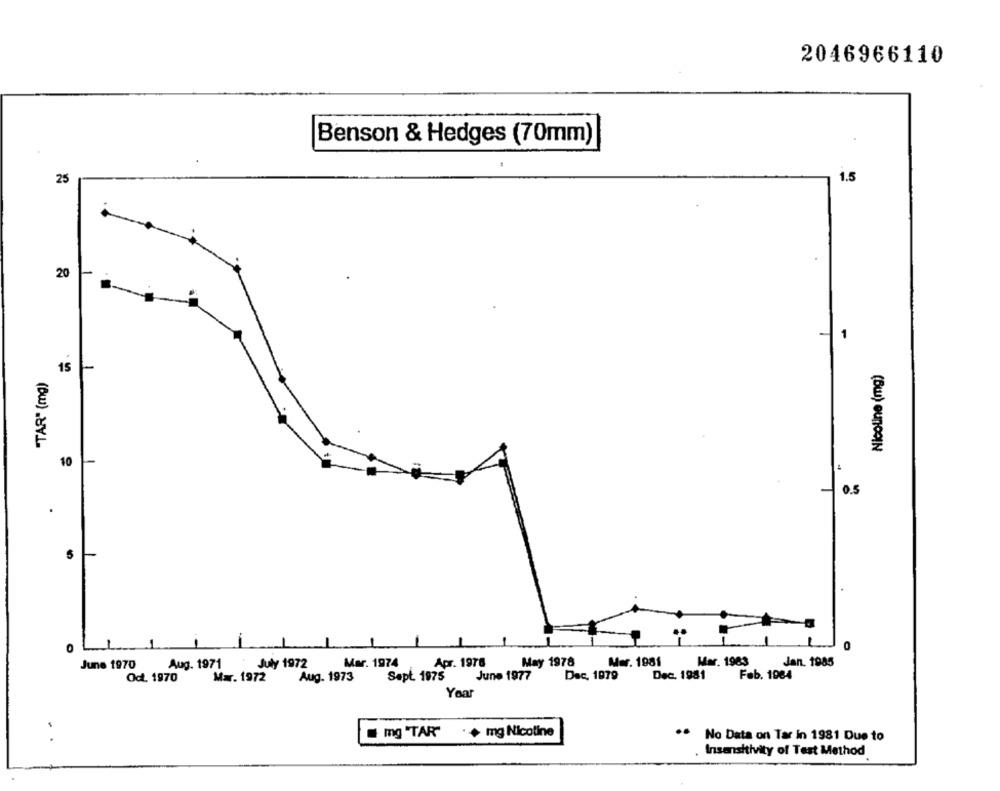
2046966110
Benson & Hedges (70mm)
25
1.5
20
15
Nicoline (mg)
"TAR" (mg)
10
0.5
0
L
0
June 1970
July 1972
Mar. 1974
Apr. 1976
May 1978
Mer. 1981
Mar. 1983
Jan. 1985
Aug. 1971
Oct. 1970
Mx. 1972
Aug. 1973
Sept. 1975
June 1977
Dec, 1979
Dec. 1981
Feb. 1984
Year
mg "TAR"
. + mg Nicotine
No Data on Tar in 1981 Due to
..
Insensitivity of Test Method